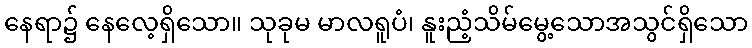
နေရာ၌ နေလေ့ရှိသော။ သုခုမ မာလရူပံ၊ နူးညံ့သိမ်မွေ့သောအသွင်ရှိသော